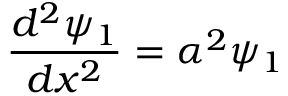
{ \frac { d ^ { 2 } \psi _ { 1 } } { d x ^ { 2 } } } = \alpha ^ { 2 } \psi _ { 1 }